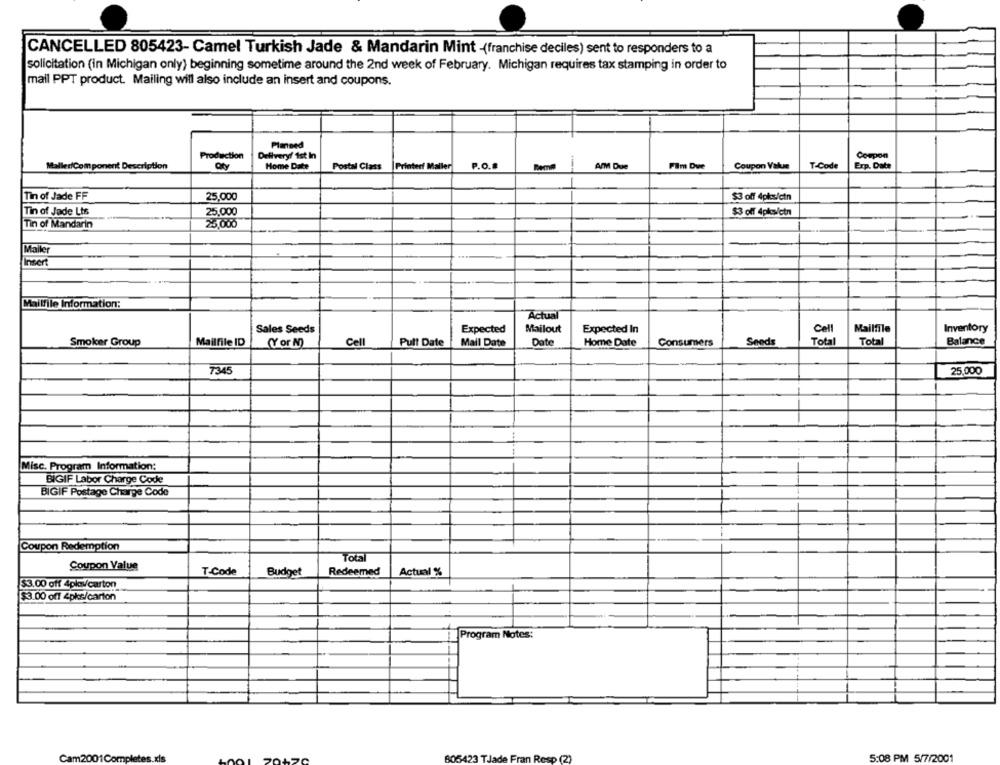
CANCELLED 805423- Camel Turkish Jade & Mandarin Mint -(franchise deciles) sent to responders to a
solicitation (in Michigan only) beginning sometime around the 2nd week of February. Michigan requires tax stamping in order to
mail PPT product. Mailing will also include an insert and coupons.
Planned
Coupon
Production
Delivery! ist In
MalledfComponent Description
Home Date
Postal Class
Printer Maller
P.O.B
AMM Due
Film Due
Coupon Value
T-Code
Exp. Date
Tin of Jade FF
25,000
$3 off 4pks/ctn
Tin of Jade Lts
25,000
$3 off 4pks/ctn
Tin of Mandarin
25.000
Mailer
Insert
Mailfile Information:
Actual
Sales Seeds
Expected
Mailout
Expected In
Mailfile
Inventory
Cell
Smoker Group
Mailfile ID
(Y or N)
Cell
Pull Date
Mail Date
Date
Home Date
Consumers
Send
Tota
Total
Balance
7345
25,000
Misc. Program Information:
BIGIF Labor Charge Code
BIGIF Postage Charge Code
Coupon Redemption
Total
Coupon Value
T.Code
Budget
Redeemed
Actual %
$3.00 off 4plav/carton
$3.00 off 4pks/carton
Program Notes:
Cam2001Comp
805423 TJade Fran Resp (2)
5:08 PM 5/7/2001